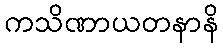
ကသိဏာယတနာနိ